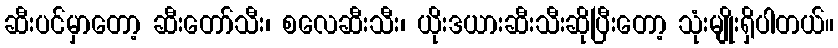
ဆီးပင်မှာတော့ ဆီးတော်သီး၊ စလေဆီးသီး၊ ယိုးဒယားဆီးသီးဆိုပြီးတော့ သုံးမျိုးရှိပါတယ်။